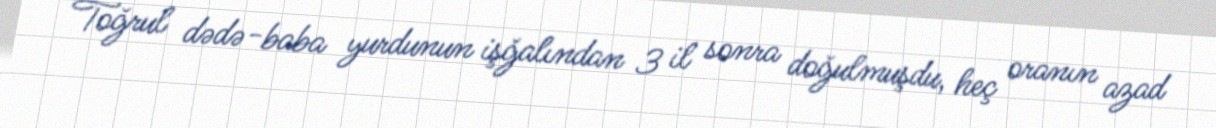
Toğrul dədə-baba yurdunun işğalından 3 il sonra doğulmuşdu, heç oranın azad